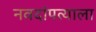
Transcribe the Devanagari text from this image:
नवदांपत्याला